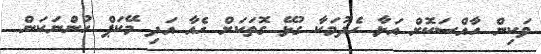
ވަކިން ހާއްސަކޮށް އަޅާ ހެދުމަކާ ގުޅޭ ގޮތަކަށް ހެއާ އަދި މޭކަޕް ހުންނަކަން